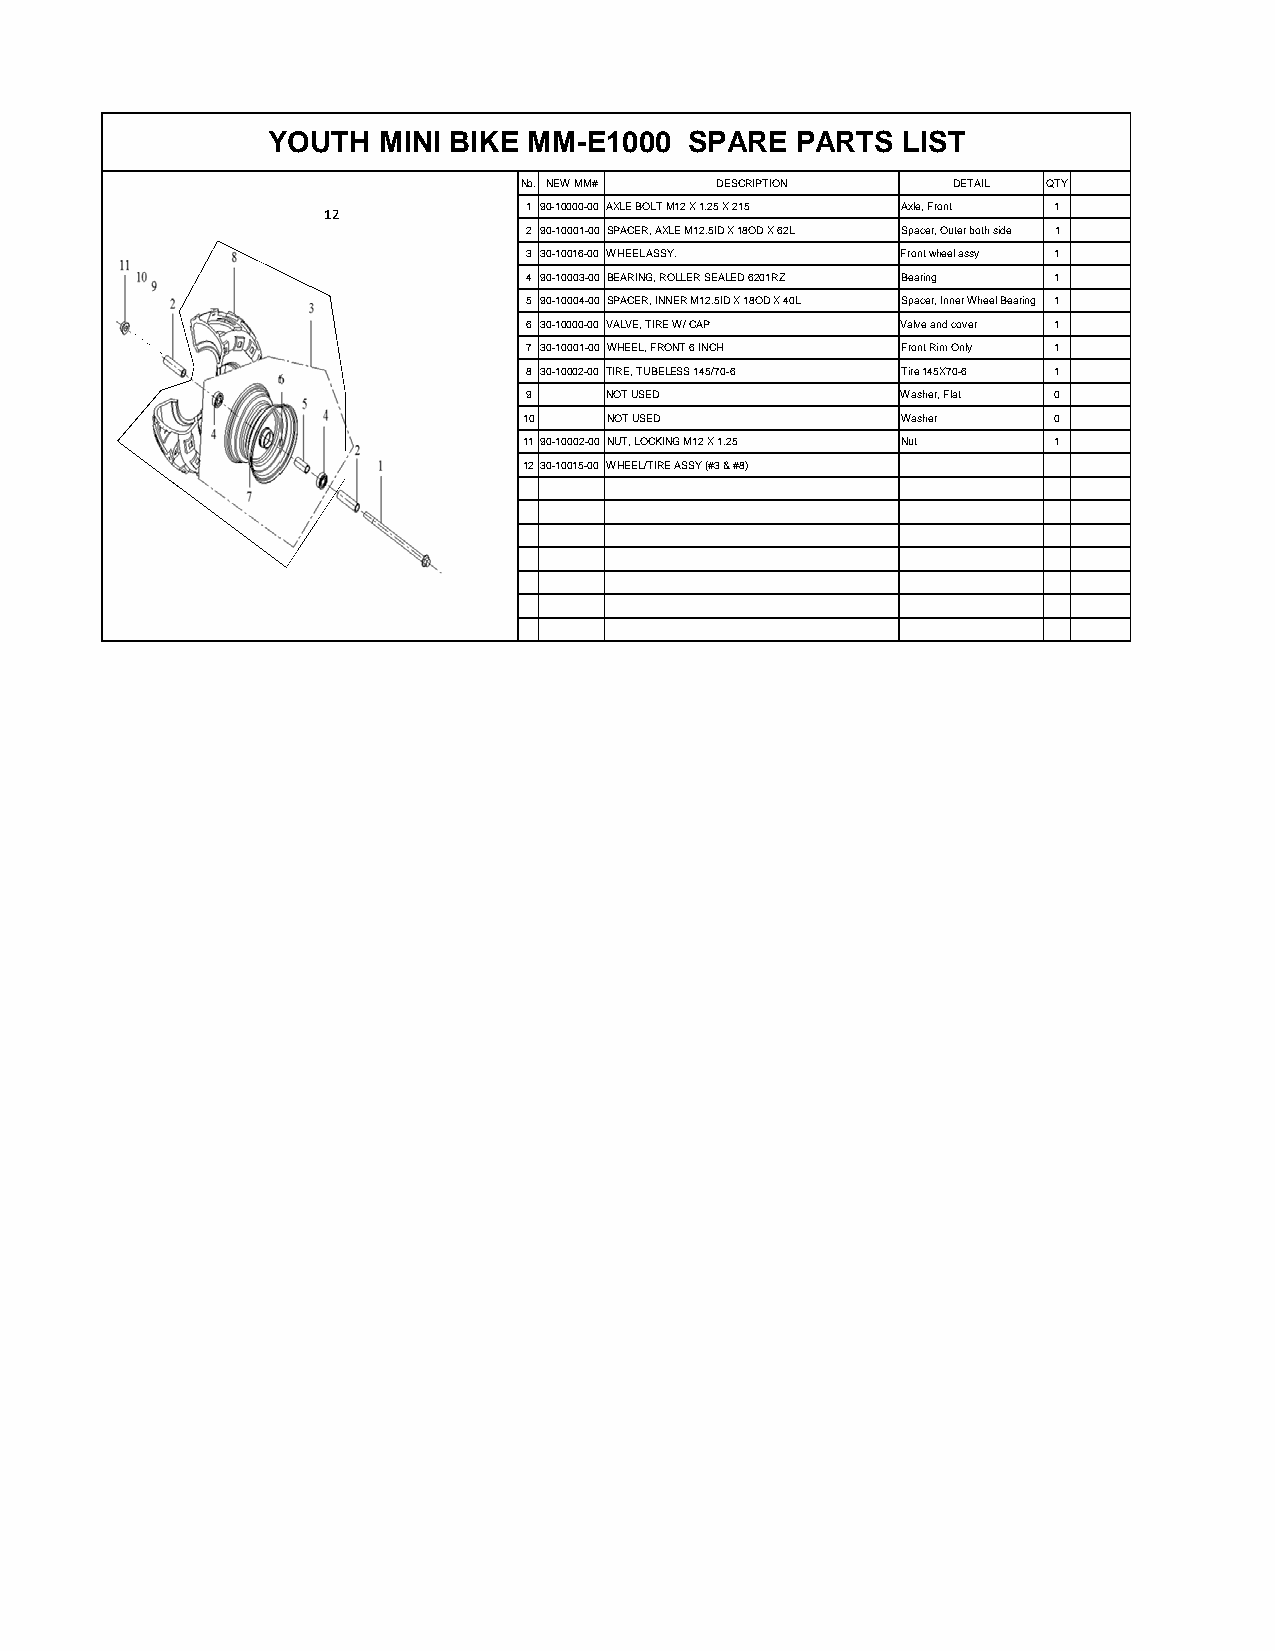
YOUTH  MINI BIKE MM-E1000   SPARE  PARTS  LIST
 No. NEW MM#  DESCRIPTION     DETAIL QTY
 1 90-10000-00 AXLE BOLT M12 X 1.25 X 215 Axle, Front 1
 12
 2 90-10001-00 SPACER, AXLE M12.5ID X 18OD X 62L Spacer, Outer both side 1
 3 30-10016-00 WHEEL ASSY. Front wheel assy 1
 4 90-10003-00 BEARING, ROLLER SEALED 6201RZ Bearing 1
 5 90-10004-00 SPACER, INNER M12.5ID X 18OD X 40L Spacer, Inner Wheel Bearing 1
 6 30-10000-00 VALVE, TIRE W/ CAP Valve and cover 1
 7 30-10001-00 WHEEL, FRONT 6 INCH Front Rim Only 1
 8 30-10002-00 TIRE, TUBELESS 145/70-6 Tire 145X70-6 1
 9    NOT USED            Washer, Flat 0
 10   NOT USED            Washer    0
 1190-10002-00 NUT, LOCKING M12 X 1.25 Nut 1
 1230-10015-00 WHEEL/TIRE ASSY (#3 & #8)